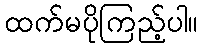
ထက်မပိုကြည့်ပါ။